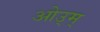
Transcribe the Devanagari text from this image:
ओउ्म्